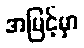
အမြင့်မှာ